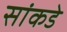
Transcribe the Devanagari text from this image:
सांकडे